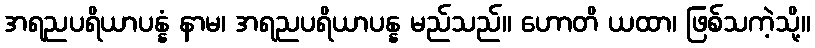
အရညပရိယာပန္နံ နာမ၊ အရညပရိယာပန္န မည်သည်။ ဟောတိ ယထာ၊ ဖြစ်သကဲ့သို့။